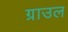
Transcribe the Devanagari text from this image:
ग्राउल